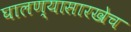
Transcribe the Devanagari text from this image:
घालण्यासारखेच